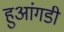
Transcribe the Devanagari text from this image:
हुआंगडी